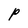
Character: P